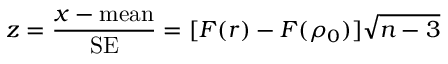
z = { \frac { x - { \mathrm { m e a n } } } { \mathrm { S E } } } = [ F ( r ) - F ( \rho _ { 0 } ) ] { \sqrt { n - 3 } }